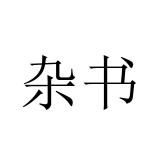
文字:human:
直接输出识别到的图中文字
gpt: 杂书